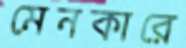
মেনকারে